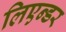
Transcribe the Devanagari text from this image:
लिएन्डर